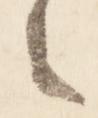
令